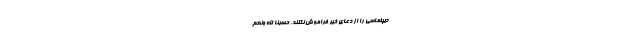
دیپلماسی را از دعای خیر فراموش نکنند. حَسْبُنَا اللَّهُ وَنِعْمَ